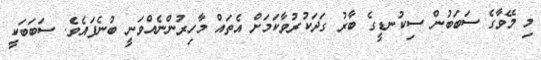
މި މޭވާގެ ސަބަބުން ސިކުނޑީގެ ބާރު ގަދަކުރުވާކަމަށް އެތައް މާހިރުންނެއްވަނީ ބުނެފައެވެ. ސަބަބަކީ